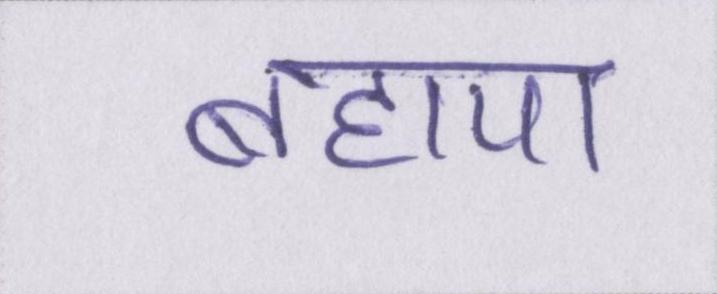
बहाया